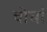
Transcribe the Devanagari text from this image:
वोघां